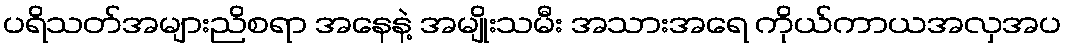
ပရိသတ်အများညိစရာ အနေနဲ့ အမျိုးသမီး အသားအရေ ကိုယ်ကာယအလှအပ